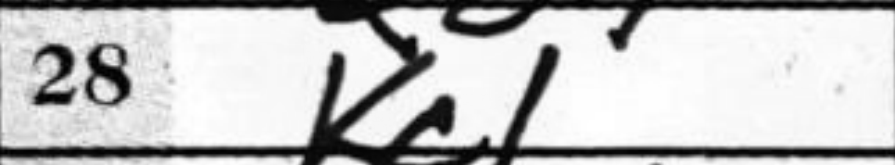
Transcription: Kc1